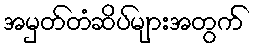
အမှတ်တံဆိပ်များအတွက်